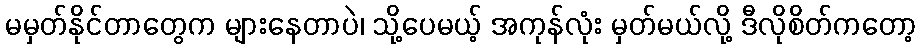
မမှတ်နိုင်တာတွေက များနေတာပဲ၊ သို့ပေမယ့် အကုန်လုံး မှတ်မယ်လို့ ဒီလိုစိတ်ကတော့